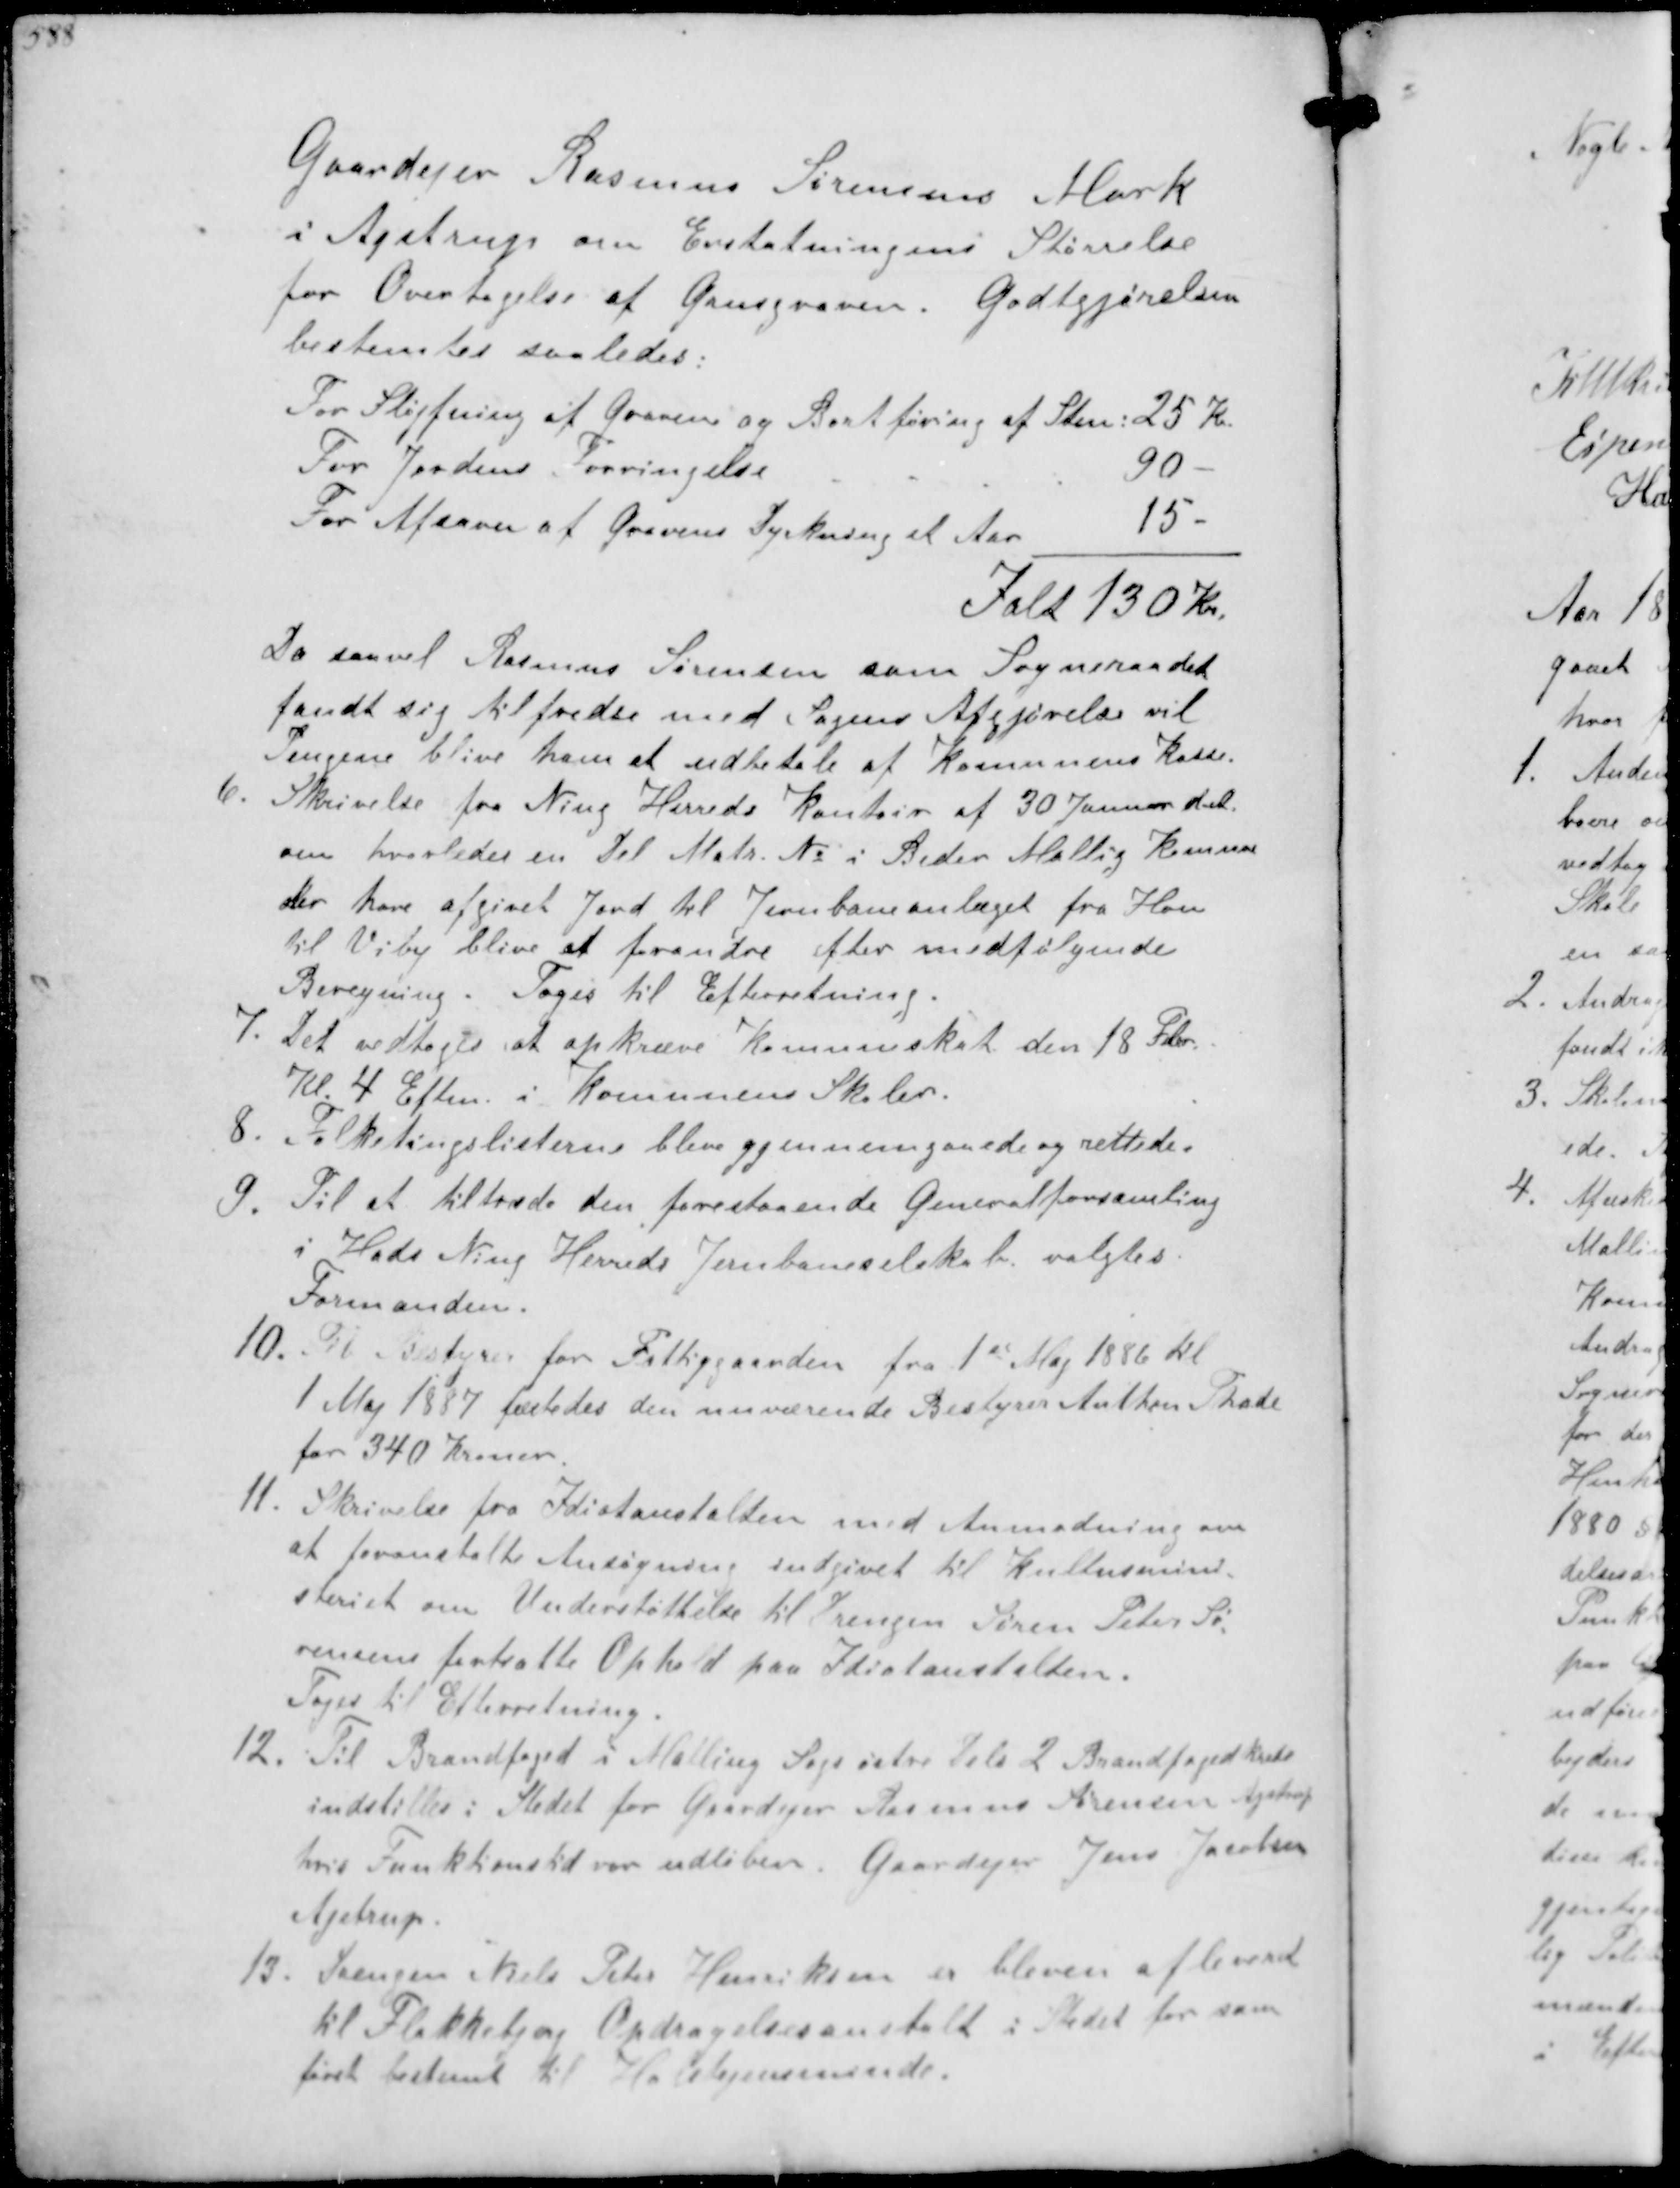
Transskription:
Gaardejer Rasmus Sørensens Mark
i Ajstrup om Erstatningens Størrelse
for Overtagelse af Grusgraven. Godtgørelsen
bestemtes saaledes:
For Sløjfning af Graven og Bortføring af Sten 25 Kr
For Jordens forringelse
90 -
For Afsavn af Gravens Dyrkning et Aar
15 -
Ialt 130 Kr.
Da saavel Rasmus Sørensen som Sogneraadet
fandt sig tilfredse med Sagens Afgjørelse vil
Pengene blive ham at udbetale at Kommunens Kasse
6. Skrivelse fra Ning Herreds Kontor af 30 Januar d.A.
om hvorledes en Del Matr. No i Beder Mallig Kommu-
ne  have afgivet Jord til Jernbaneanlæget fra Hou
til Viby blive at forandre efter medfølgende
Beregning. Tages til Efterretning.
7. Det vedtoges at opkræve kommuneskat den 18 Febr.
Kl. 4 Eftm i Komunens Skoler.
8. Folketingslisterne blev gjennemgaaede og rettede.
9. Til at tiltræde den forestaaende Generalforsamling
i Hads Ning Herreds Jernbaneselskab valgtes
Formanden.
10. Til Bestyrer for Fattiggaarden fra 1ste Maj 1886 til
1 Maj 1887 fæstedes den nuværende Bestyrer Anthon Phade
for 340 kroner.
11. Skrivelse fra Idiotanstalten med Anmodning om
at foranstalte Ansøgning indgivet til Kulturmi-
steriet om Understøttelse til Drengen Søren Peter Sø-
rensens fortsatte Ophold paa Idiotanstalten.
Toges til Efterretning.
12. Til Brandfoged i Malling Sogn østr Del  2 Brandfogedkreds
indstilles i Stedet for Gaardejer Rasmus Sørensen Ajstrup
hvis Funktionstid var udløben. Gaardejer Jens Jacobsen
Ajstrup.
13. Drengen Niels Peter Henriksen er bleven afleveret
til Flakkehus Opdragelsesanstalt i Stedet for som
først bestemt til Holstejnsminde